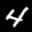
Label: 4